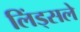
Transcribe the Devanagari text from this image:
लिंड्सले